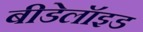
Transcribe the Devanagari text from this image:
बीडेलॉइड